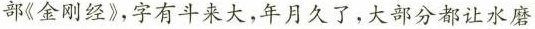
郎《金刚经》，字有斗来大，年月久了，大部分都让水磨